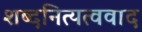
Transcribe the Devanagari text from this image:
शब्दनित्यत्ववाद